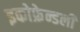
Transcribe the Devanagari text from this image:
इकोफ्रेन्डली